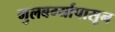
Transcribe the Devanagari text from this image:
गुलबर्ग्यापासून